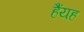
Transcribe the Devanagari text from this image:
हैंयह